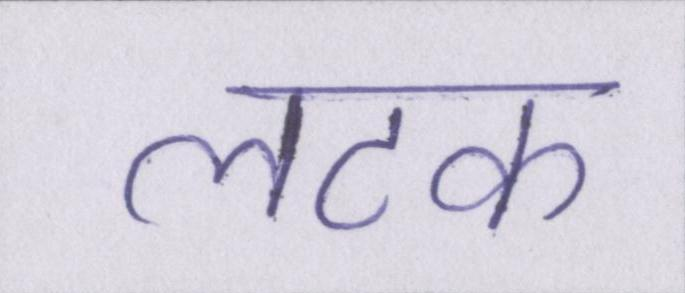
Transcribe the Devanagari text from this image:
लटक